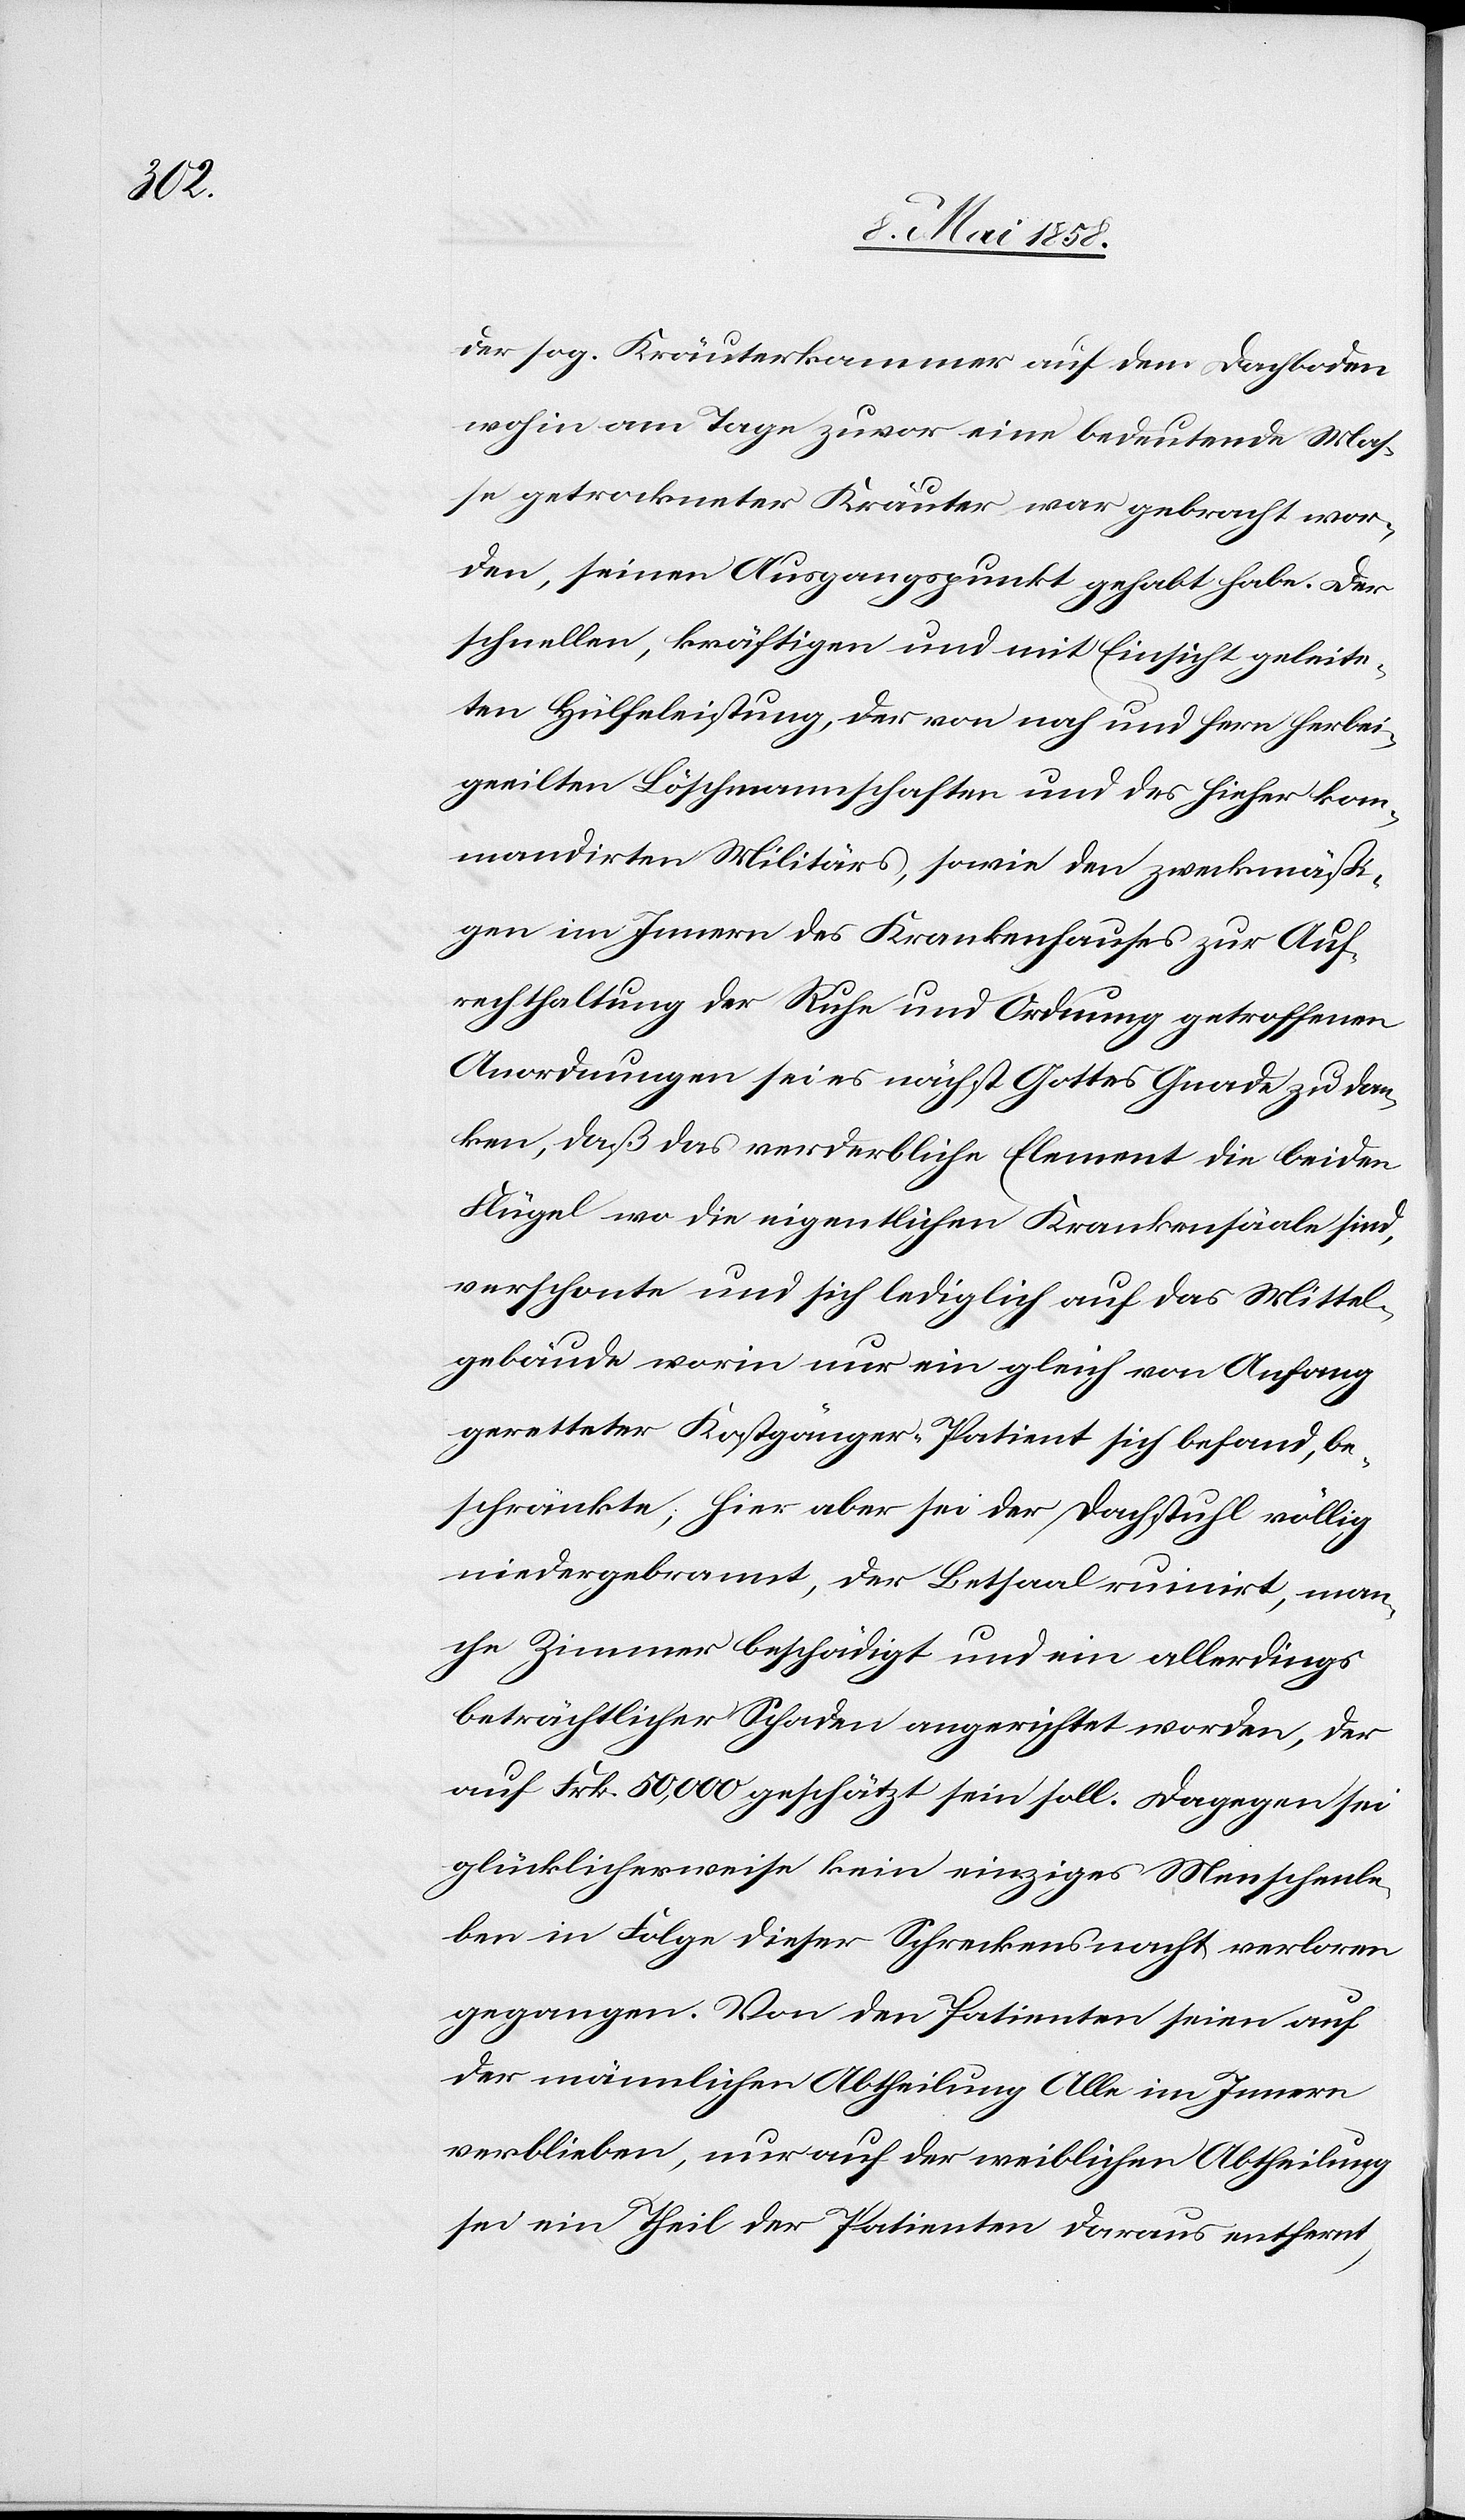
der sog. Kräuterkammer auf dem Dachboden
wohin am Tage zuvor eine bedeutende Mas¬
se getrockneter Kräuter war gebracht wor¬
den, seinen Ursprungspunkt gehabt habe. Der
schnellen, kräftigen und mit Einsicht geleite¬
ten Hülfeleistung, der von nah und fern herbei¬
geeilten Löschmannschaften und des hieher kom¬
mandirten Militärs, wobei den zweckmäßi¬
gen im Innern des Krankenhauses zur Auf¬
rechthaltung der Ruhe und Ordnung getroffenen
Anordnungen sei es nächst Gottes Gnade zu dan¬
ken, daß das verderbliche Element die beiden
Flügel wo die eigentlichen Krankensääle sind,
verschonte und sich lediglich auf das Mittel¬
gebäude worin nur ein gleich von Anfang
geretteter Kostgänger-Patient sich befand, be¬
schränkte; hier aber sei der Dachstuhl völlig
niedergebrannt, der Betsaal ruinirt, man¬
che Zimmer beschädigt und ein allerdings
beträchtlicher Schaden angerichtet worden, der
auf Frk. 50,000 geschätzt sein soll. Dagegen sei
glücklicherweise kein einziges Menschenle¬
ben in Folge dieser Schreckensnacht verloren
gegangen. Von den Patienten seien auf
der männlichen Abtheilung Alle im Innern
verblieben, nur auf der weiblichen Abtheilung
sei ein Theil der Patienten daraus entfernt,